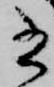
書